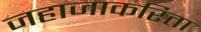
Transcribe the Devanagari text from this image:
जहाजाकरिता